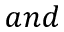
a n d